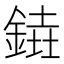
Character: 𨩒